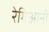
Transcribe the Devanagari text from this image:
रेगिआनी